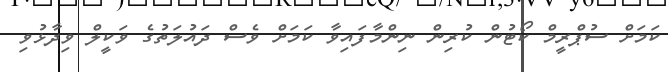
ކަމަށް ސުޕްރީމް ކޯޓުން ކުރިން ނިންމާފައިވާ ކަމަށް ވެސް ދައުލަތުގެ ވަކީލް ވިދާޅުވި